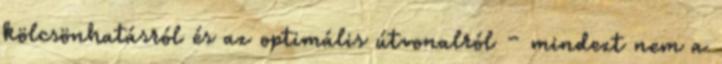
kölcsönhatásról és az optimális útvonalról – mindezt nem a